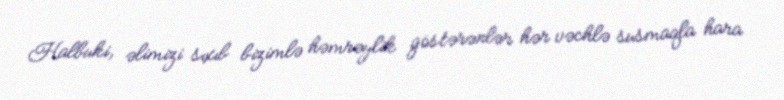
Halbuki, əlimizi sıxıb bizimlə həmrəylik göstərənlər hər vəchlə susmaqla hara